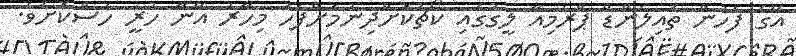
އޭގެ ފަހުން ތައިލެންޑް ޕްރެމިއާ ލީގުގައި ކޯޗުކޮށްދިނުމަށްފަހު މިހާރު އޭނާ ހުރީ ހުސްކޮށެވެ.